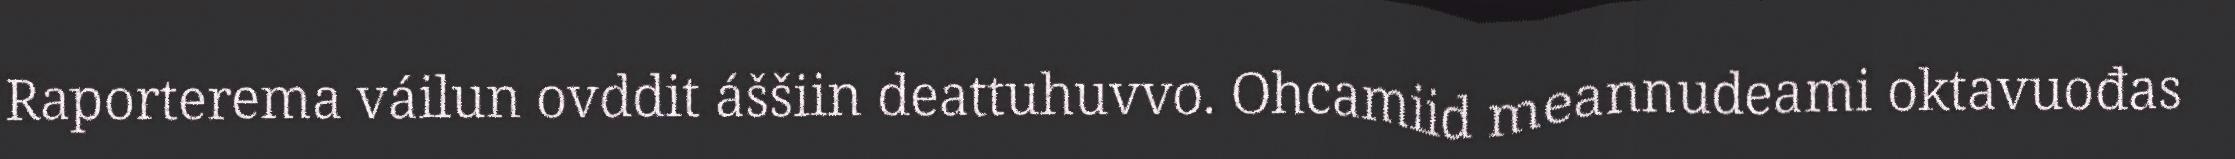
Raporterema váilun ovddit áššiin deattuhuvvo. Ohcamiid meannudeami oktavuođas